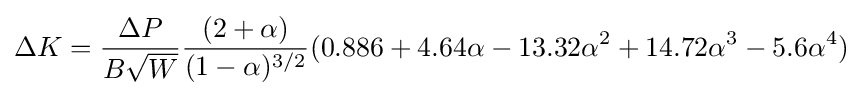
\Delta K={\frac {\Delta P}{B{\sqrt {W}}}}{\frac {(2+\alpha )}{(1-\alpha )^{3/2}}}(0.886+4.64\alpha -13.32\alpha ^{2}+14.72\alpha ^{3}-5.6\alpha ^{4})